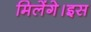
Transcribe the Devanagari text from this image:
मिलेंगे।इस